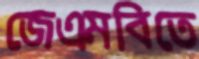
জেএমবিতে